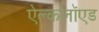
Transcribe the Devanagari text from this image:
ऐल्कलॉएड